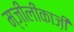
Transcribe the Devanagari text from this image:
म्ज़ीलीकाज़ी